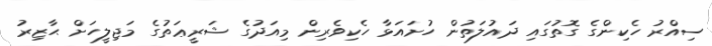
ސިއްރު ހެކިންގެ ގޮތުގައި ދައުލަތުން ހުށައަޅާ ހެކިވެރިން މިއަދުގެ ޝަރީޢަތުގެ މަޖިލީހަށް ޙާޒިރު